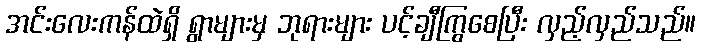
အင်းလေးကန်ထဲရှိ ရွာများမှ ဘုရားများ ပင့်ချီကြွစေပြီး လှည့်လှည်သည်။